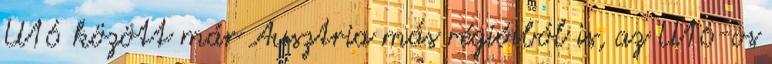
U16 között már Ausztria más régióiból is, az U16-os